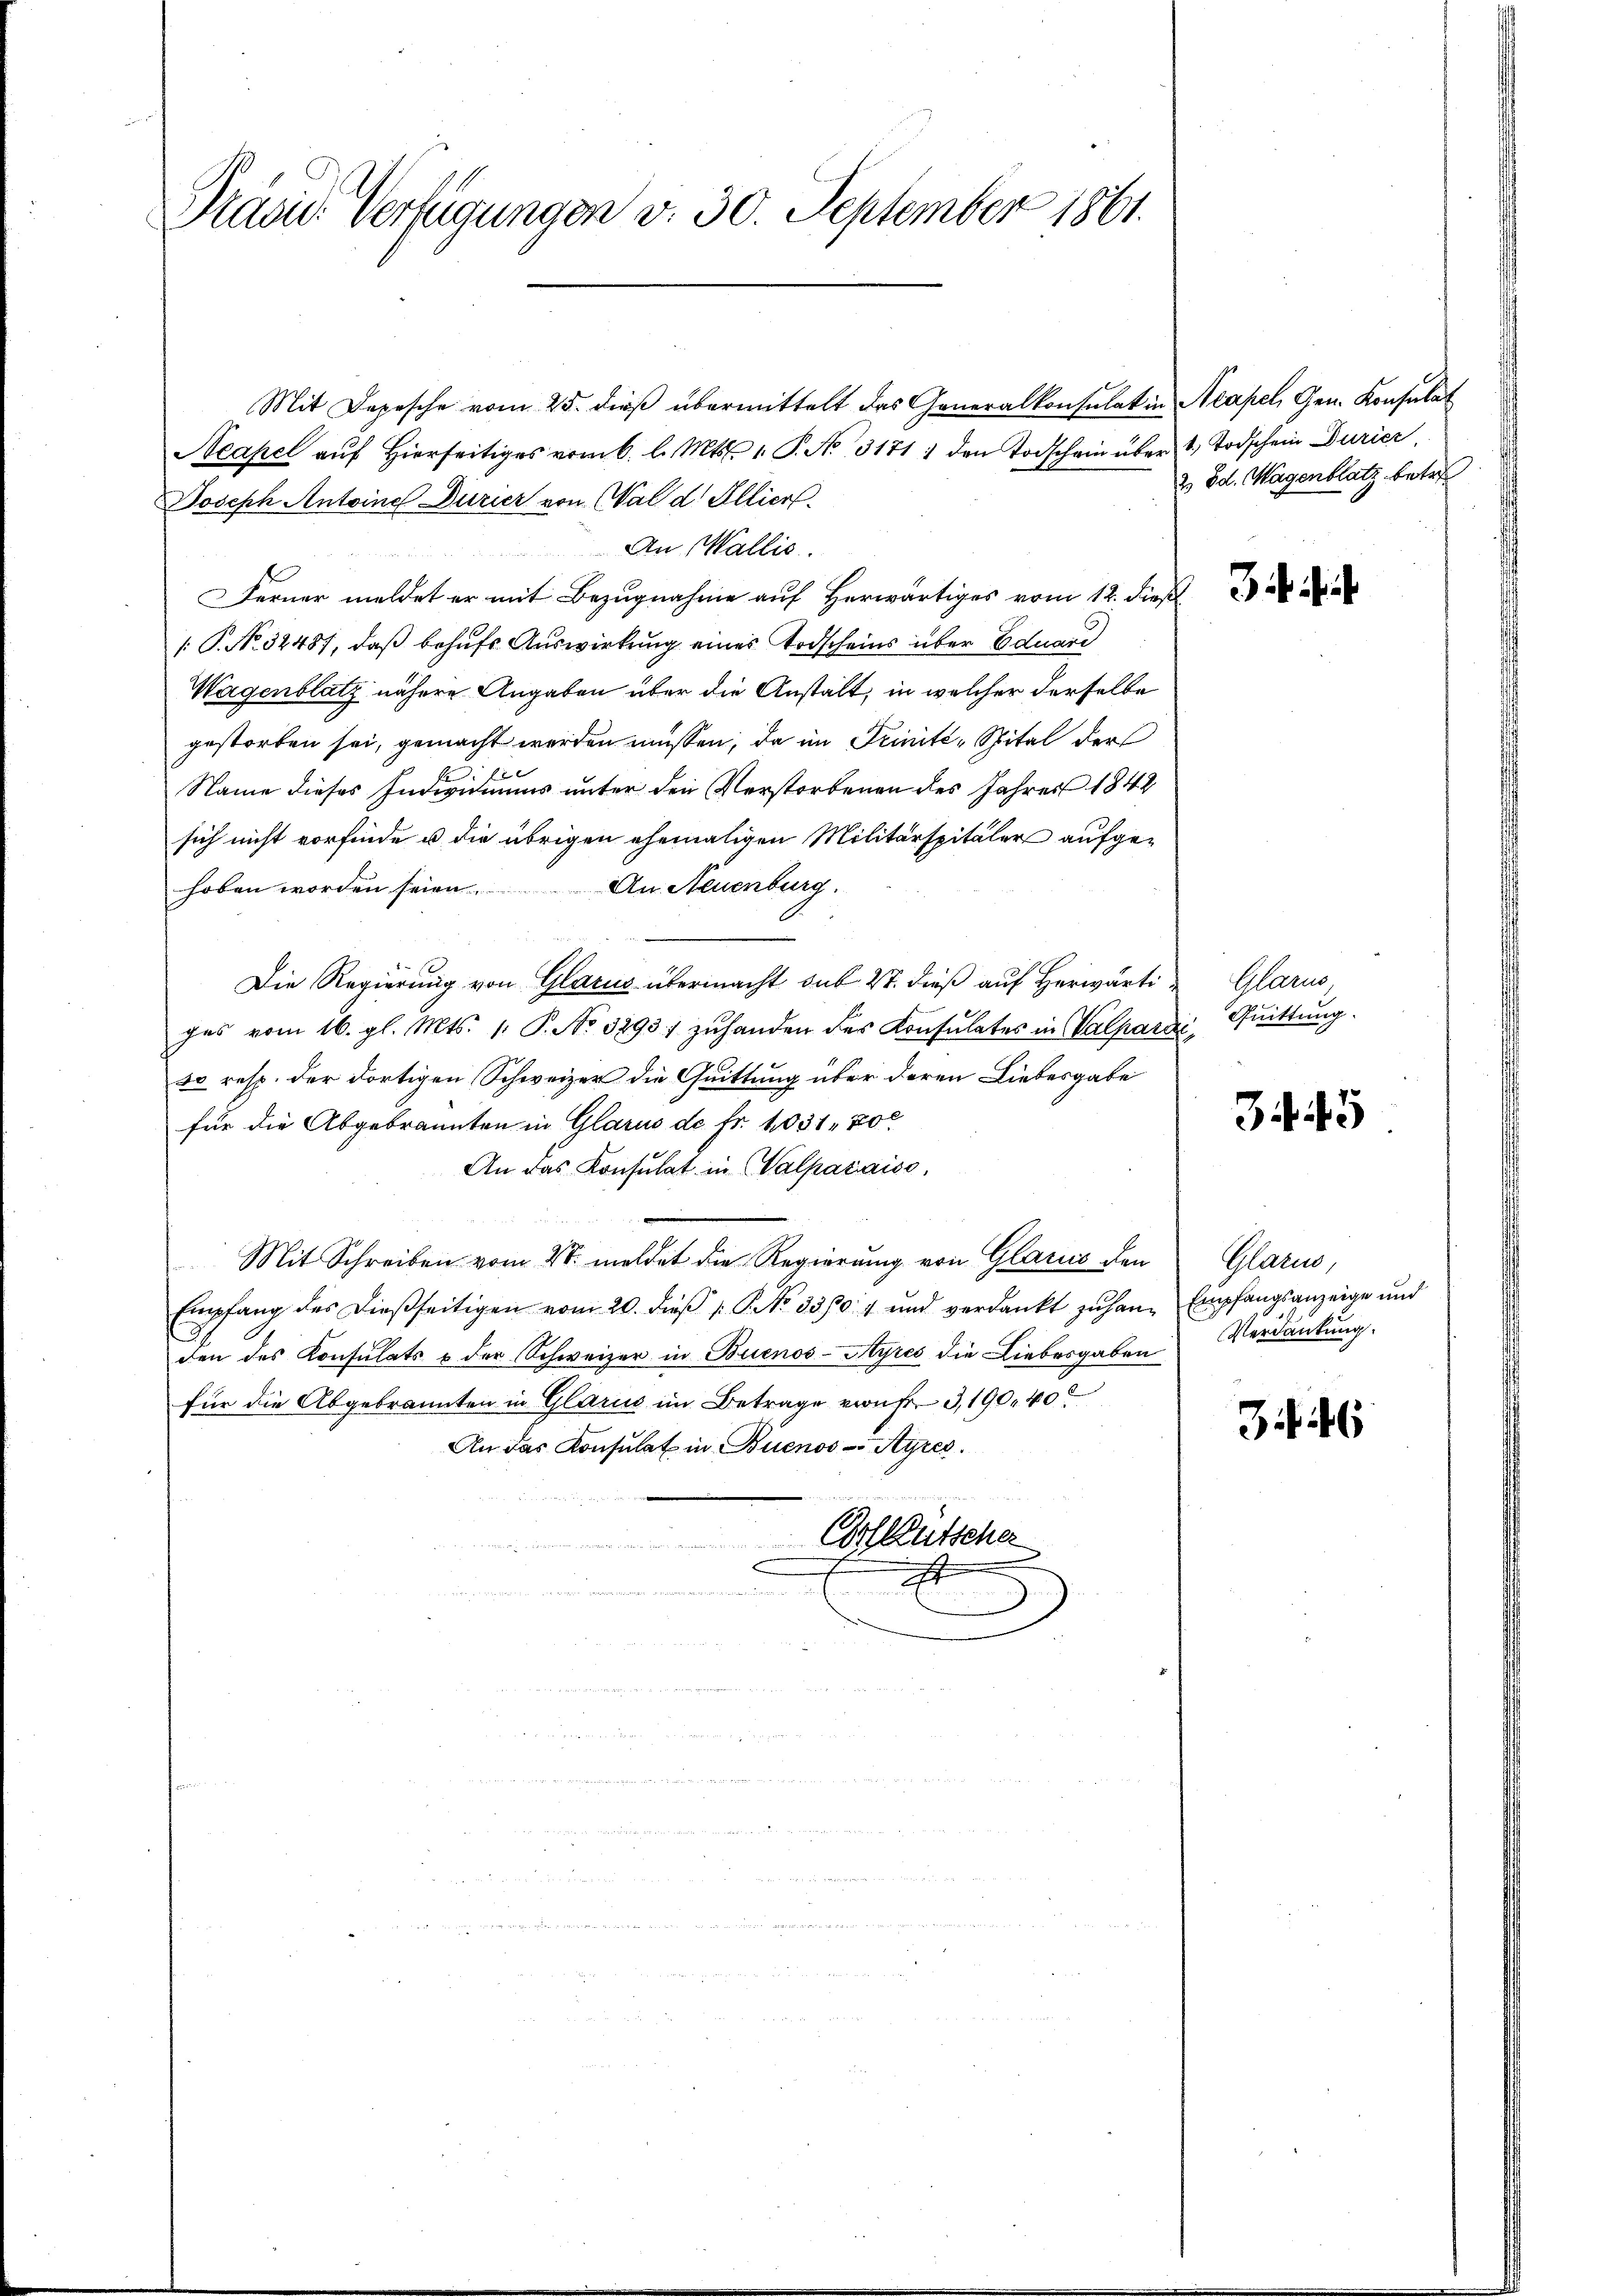
Pradie Verfügungen v. 30. September 1861.

Mit Depesche vom 25. dieß übermittelt das Generalkonsulat in Acapel, Gen. Konsulat
Acapel aŭf hierseitiges vom 6. l. Mts. 1. P. No. 31711 den Todschein über 1. Todschein Durier,
Joseph Antoine Durier von Wald. Illier
An Wallis.
Ferner meldet er mit Bezugnahme auf Herwärtiges vom 12. dieß
: P. No 32487, daß behŭfs Auswirkung eines Todscheins über Eduard
Wagenblatz nähere Angaben über die Anstalt, in welcher derselbe
gestorben sei, gemacht werden müssen, da im Trinité-Spital der
f x
Name dieses Individuums unter den Verstorbenen des Jahres 1848
sich nicht vorfinde u. die übrigen ehemaligen Militärspitäler aufgehoben worden seien. An Neuenburg.
Die Regierung von Glarus übermacht sub 27. dieß auf Herwärtiges vom 16. gl. Mts. 1. P. No. 3293 zuhanden des Konsulates in Valpardi, Quittung.
so resp. der dortigen Schweizer die Quittung über deren Liebesgabe
für die Abgebrannten in Glarus de fr. 1031, 200
An das Konsulat in Walparaiso
Mit Schreiben vom 28. meldet die Regierung von Glarus den
Empfang des dießseitigen vom 20. dieβ (: P. No. 3301 und verdankt zŭ han Empfangsanzeige und
den des Konsulats u der Schweizer in Buenos-Ayres die Liebesgaben. Verdankung.
für die Abgebrannten in Glarus im Betrage von Fr. 3, 190. 40
An das Konsulat in Buenos-Ayres.
rutscher
xx

2 od. Hagenblatz betre

J h e

Glarus,

34. 45

Glarus,

3 f. 46